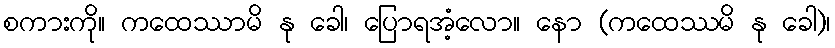
စကားကို။ ကထေဿာမိ နု ခေါ၊ ပြောရအံ့လော။ နော (ကထေဿမိ နု ခေါ)၊